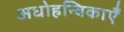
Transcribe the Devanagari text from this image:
अधोहन्विकाएँ